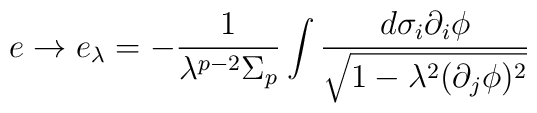
e\rightarrow e_{\lambda}= - \frac{1}{\lambda^{p-2}\Sigma_p}\int\frac{d\sigma_i \partial_i\phi}{\sqrt{1-\lambda^2(\partial_j\phi)^2}}